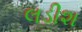
લડીશ